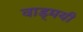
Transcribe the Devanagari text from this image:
वाड्मयी